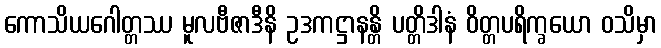
ကောသိယဂေါတ္တဿ မူလဗီဇာဒီနိ ဥဒကဋ္ဌာနန္တိ ပတ္တိဒါနံ ဝိတ္တပရိက္ခယော ဝသိမှာ